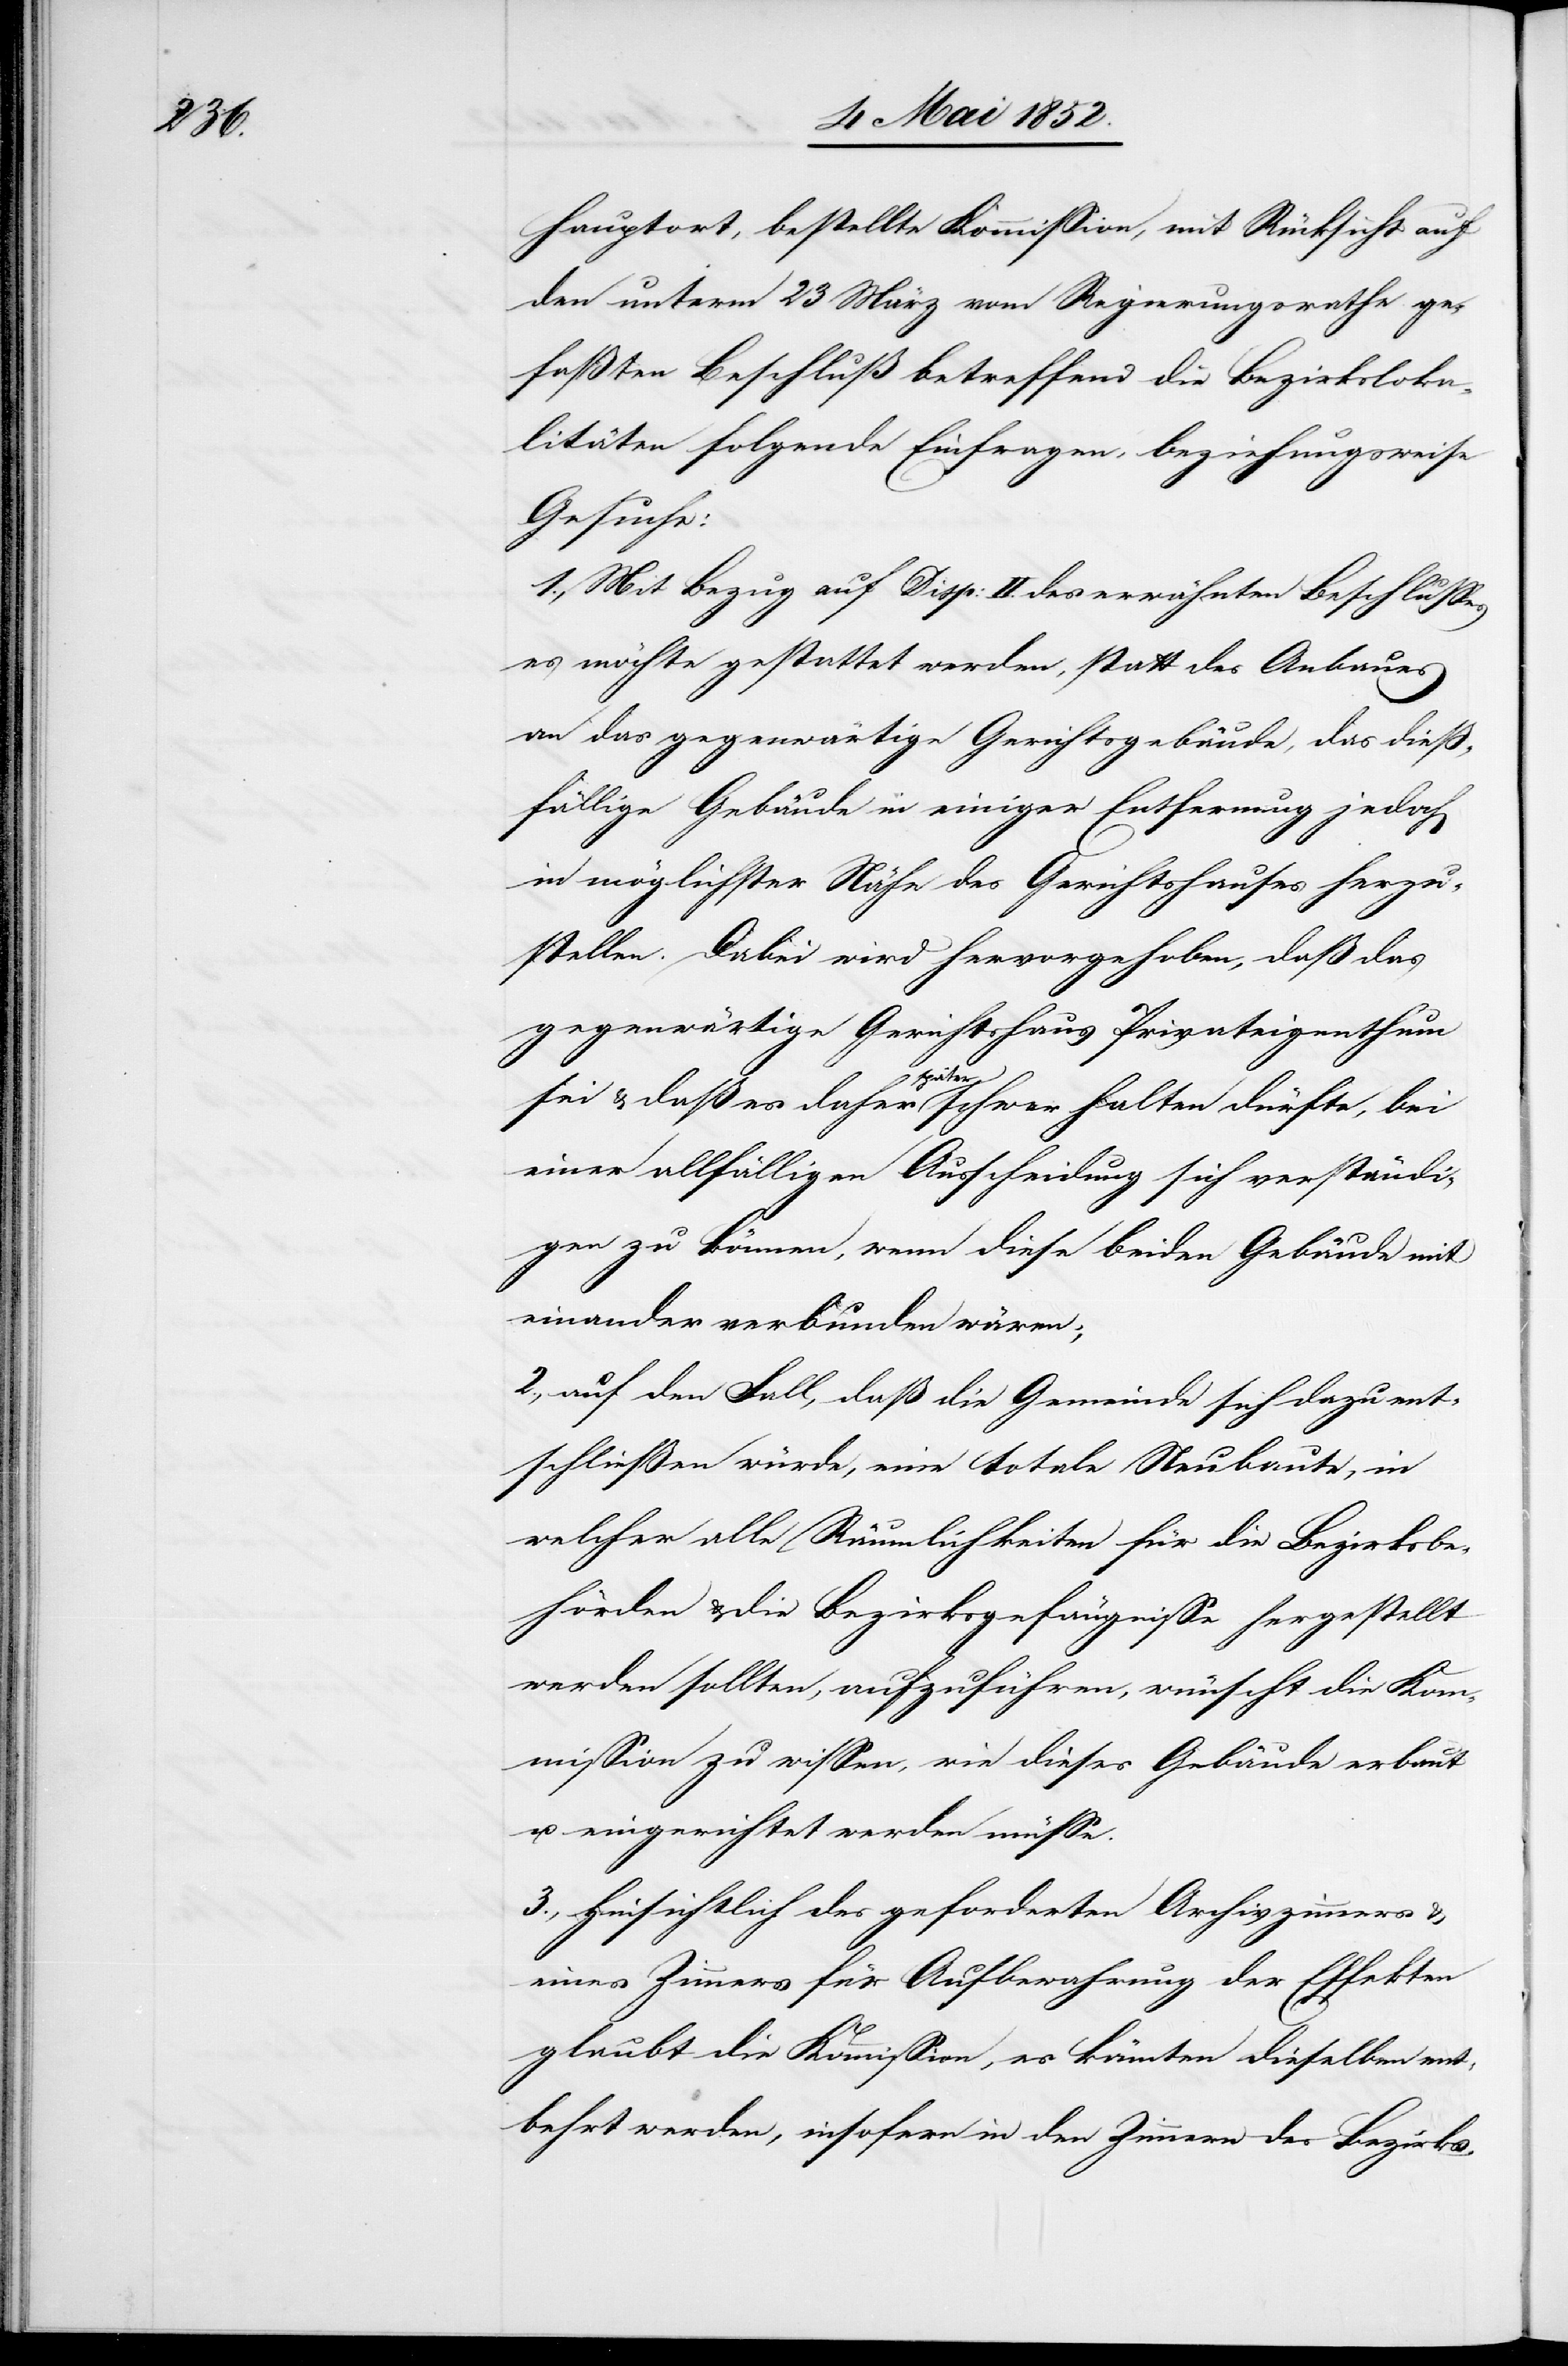
hauptort, bestellte Kommission, mit Rücksicht auf
den unterm 23 März vom Regierungsrathe ge¬
faßten Beschluß betreffend die Bezirksloka¬
litäten folgende Einfragen, beziehungsweise
Gesuche:
1., Mit Bezug auf Disp: II. des erwähnten Beschlusses
es möchte gestattet werden, statt des Anbaues
an das gegenwärtige Gerichtsgebäude, das diess¬
fällige Gebäude in einiger Entfernung jedoch
in möglichster Nähe des Gerichtshauses herzu¬
stellen. Dabei wird hervorgehoben, daß das
gegenwärtige Gerichtshaus Privateigenthum
sei & daß es daher später schwer halten dürfte, bei
einer allfälligen Ausscheidung sich verständi¬
gen zu können, wenn diese beiden Gebäude mit
einander verbunden wären;
2., auf den Fall, daß die Gemeinde sich dazu ent¬
schliessen würde, eine totale Neubaute, in
welcher alle Räumlichkeiten für die Bezirksbe¬
hörden & die Bezirksgefängnisse hergestellt
werden sollten, aufzuführen, wünscht die Kom¬
mission zu wissen, wie dieses Gebäude erbaut
u. eingerichtet werden müsse.
3., Hinsichtlich des geforderten Archivzimmers
eines Zimmers für Aufbewahrung der Effekten
glaubt die Kommission, es könnten dieselben ent¬
behrt werden, insofern in den Zimmern des Bezirks-